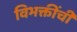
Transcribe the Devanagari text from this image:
विभक्तींची